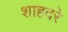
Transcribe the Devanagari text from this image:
शाहदरे